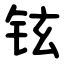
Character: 铉